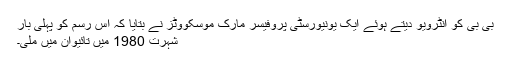
بی بی کو انٹرویو دیتے ہوئے ایک یونیورسٹی پروفیسر مارک موسکووٹز نے بتایا کہ اس رسم کو پہلی بار
شہرت 1980 میں تائیوان میں ملی۔